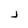
Character: j